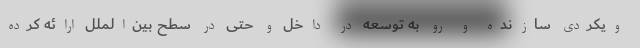
ویکردی سازنده و رو به توسعه در داخل و حتی در سطح بین‌الملل ارائه کرده